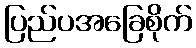
ပြည်ပအခြေစိုက်